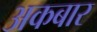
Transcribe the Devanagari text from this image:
अकबार